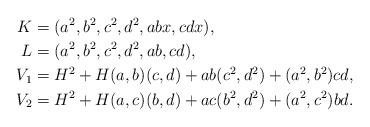
LaTeX: \begin{align*}K &=(a^2,b^2,c^2,d^2,abx,cdx),\\ L &=(a^2,b^2,c^2,d^2,ab,cd),\\V_1 &=H^2+H(a,b)(c,d)+ab(c^2,d^2)+(a^2,b^2)cd,\\V_2 &=H^2+H(a,c)(b,d)+ac(b^2,d^2)+(a^2,c^2)bd.\end{align*}